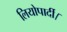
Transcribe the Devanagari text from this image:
लियोपार्दी।